Vaccination in Bombay 1869-1873 - 1869-1873
Year: 1869
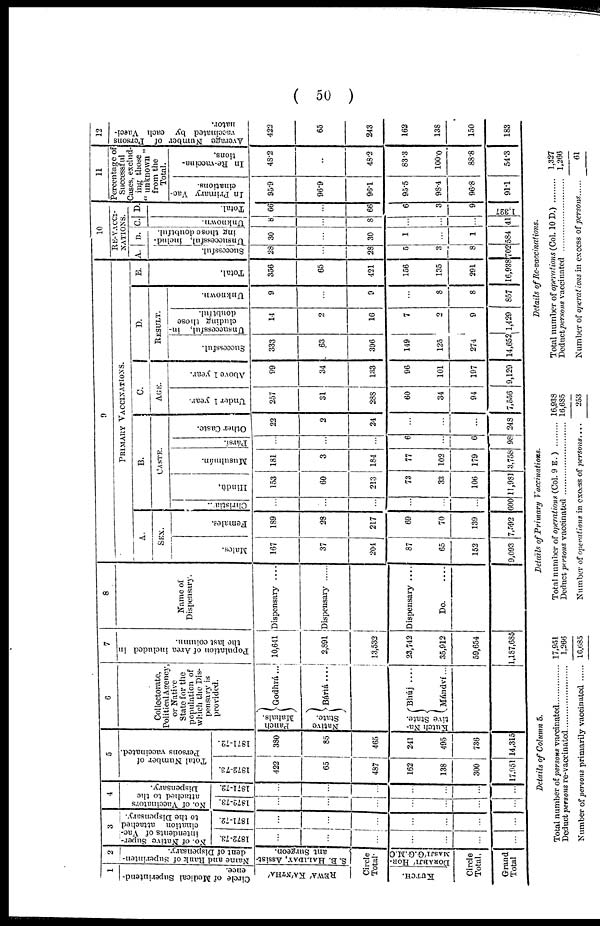
( 50 )
1
Circle of Medical Superintend-
ence.
REWÁ KÁNTHÁ
2
Name and Rank of Superinten-
dent of Dispensary.
S. B. HALIDAY, Assist-
ant Surgeon.
Circle
Total.
KUTCH.
DORABJÍ HOR-
MASJÍ G.G.M.C
Circle
Total.
Grand
Total
3
No. of Native Super-
intendents of Vac-
cination attached
to the Dispensary.
1872-73.
...
...
...
...
...
...
...
1871-72.
...
...
...
...
...
...
...
4
No. of Vaccinators
attached to the
Dispensary.
1872-73.
...
...
...
...
...
...
...
1871-72.
...
...
...
...
...
...
...
5
Total Number of
Persons vaccinated.
1872-73.
422
65
487
162
138
300
17,951
1871-72.
380
85
465
241
495
736
14,315
6
Collectorate,
Political Agency
or Native
State for the
population of
which the Dis-
pensary is
provided.
Punch
Mahals.
Native
State.
Godhrá...
Báriá ....
Kutch Na-
tive State.
Bhúj ....
Mándví...
7
Population of Area included in
the last column.
10,641
2,891
13,532
23,742
35,912
59,654
1,187,685
8
Name of
Dispensary.
Dispensary ....
Dispensary
Dispensary ....
Do. ....
9
PRIMARY VACCINATIONS.
A.
SEX.
Males.
167
37
204
87
65
152
9,093
Females.
189
28
217
69
70
139
7,592
B.
CASTE.
Christian.
...
...
...
...
...
...
600
Hindú.
153
60
213
73
33
106
11,981
Musulmán.
181
3
184
77
102
179
3,758
Pársi.
...
...
...
6
...
6
98
Other Caste.
22
2
24
...
...
...
248
C.
AGE.
Under 1 year.
257
31
288
60
34
94
7,556
Above 1 year.
99
34
133
96
101
197
9,129
D.
RESULT.
Successful.
333
63
396
149
125
274
14,652
Unsuccessful, in-
cluding those
doubtful.
14
2
16
7
2
9
1,429
Unknown.
9
...
9
...
8
8
857
E.
Total.
356
65
421
156
135
291
16,938
10
RE-VACCI-
NATIONS.
A.
Successful.
28
...
28
5
3
8
702
B.
Unsuccessful, includ-
ing those doubtful.
30
...
30
1
...
1
584
C.
Unknown.
8
...
8
...
...
...
41
D.
Total.
Total.
66
...
66
6
3
9
1,327
11
Percentage of
Successful
Cases, exclud-
ing those
" unknown "
from the
Total.
In Primary Vac-
cinations.
95.9
96.9
96.1
95.5
98.4
96.8
91.1
In Re-vaccina-
tions.
48.2
...
48.2
83.3
100.0
88.8
54.3
12
Average Number of Persons
vaccinated by each Vacci-
nator.
422
65
243
162
138
150
183
Details of Column 5.
Total number of persons vaccinated ............
Deduct persons re-vaccinated ............
Number of persons primarily vaccinated
17,951
1,266
16,685
Details of Primary Vaccinations.
Total number of operations (Col. 9 E. )
Deduct persons vaccinated
Number of operations in excess of persons ....
16,938
16,685
253
Details of Re-vaccinations.
Total number of operations (Col. 10 D.)
Deduct persons vaccinated
Number of operations in excess of persons ......
1,327
1,266
61